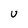
Character: U